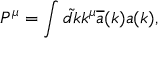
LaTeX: P ^ { \mu } = \int \tilde { d k } k ^ { \mu } \overline { { { a } } } ( k ) a ( k ) ,